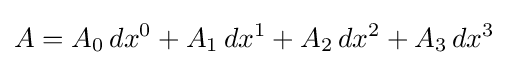
A=A_{0}\,dx^{0}+A_{1}\,dx^{1}+A_{2}\,dx^{2}+A_{3}\,dx^{3}